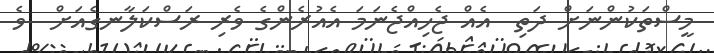
މީސްތަކުންނަށް ދަތި  އެއް ޖެހިއްޖެނަމަ އެއުރެންގެ ވެރި ރަސްކަލާނގެއަށް  ވެ